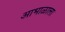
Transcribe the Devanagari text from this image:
आभाळाला